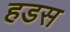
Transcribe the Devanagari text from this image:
हडस